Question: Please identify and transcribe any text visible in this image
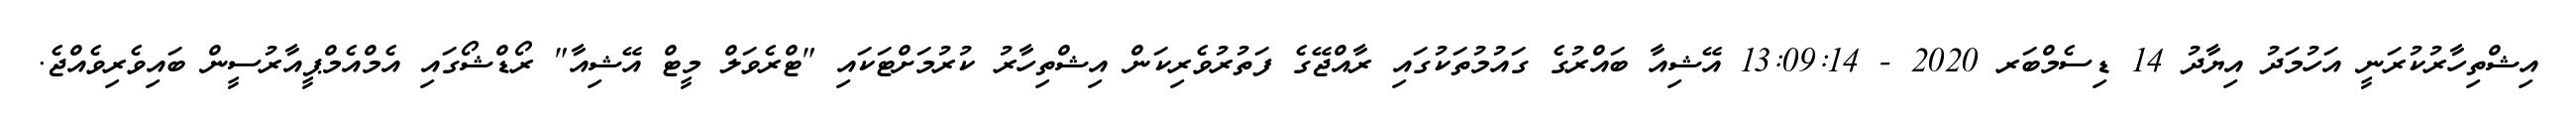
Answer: އިޝްތިހާރުކުރަނީ އަހުމަދު އިޔާދު 14 ޑިސެމްބަރ 2020 - 13:09:14 އޭޝިއާ ބައްރުގެ ގައުމުތަކުގައި ރާއްޖޭގެ ފަތުރުވެރިކަން އިޝްތިހާރު ކުރުމަށްޓަކައި "ޓްރެވަލް މީޓް އޭޝިއާ" ރޯޑްޝޯގައި އެމްއެމްޕީއާރުސީން ބައިވެރިވެއްޖެ.